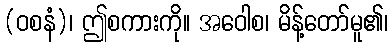
(ဝစနံ)၊ ဤစကားကို။ အဝေါစ၊ မိန့်တော်မူ၏၊